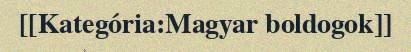
[[Kategória:Magyar boldogok]]